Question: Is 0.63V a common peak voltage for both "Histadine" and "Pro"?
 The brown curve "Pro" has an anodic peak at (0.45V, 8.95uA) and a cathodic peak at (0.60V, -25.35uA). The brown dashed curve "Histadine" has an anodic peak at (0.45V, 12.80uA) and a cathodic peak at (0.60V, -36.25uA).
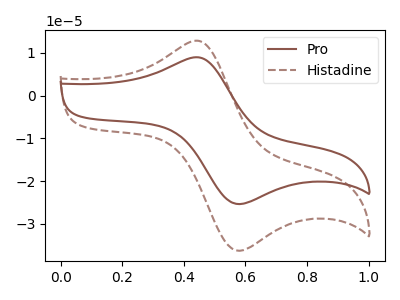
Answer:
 <answer>No, "Histadine" and "Pro" dont share a peak at 0.63V.</answer>
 <eval>mismatch</eval>